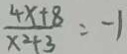
\frac { 4 x + 8 } { x ^ { 2 } + 3 } = - 1